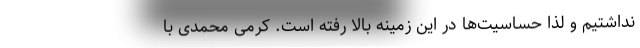
نداشتیم و لذا حساسیت‌ها در این زمینه بالا رفته است. کرمی محمدی با